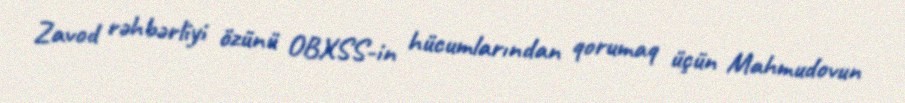
Zavod rəhbərliyi özünü OBXSS-in hücumlarından qorumaq üçün Mahmudovun